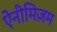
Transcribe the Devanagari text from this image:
ऐनीमिज़म